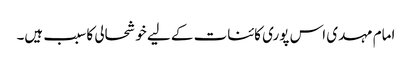
امام مہدی اس پوری کائنات کے لیے خوشحالی کا سبب ہیں۔